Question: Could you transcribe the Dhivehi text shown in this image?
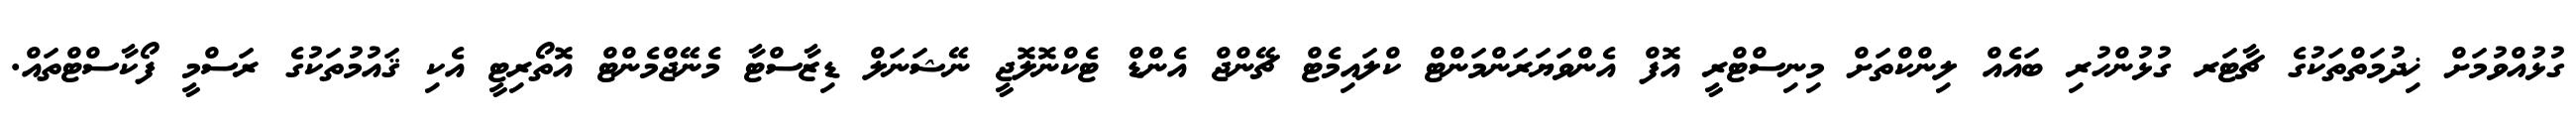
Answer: ގުޅުއްވުމަށް ޚިދުމަތްތަކުގެ ޗާޓަރ ގުޅުންހުރި ބައެއް ލިންކްތަށް މިނިސްޓްރީ އޮފް އެންވަޔަރަންމަންޓް ކްލައިމެޓް ޗޭންޖް އެންޑް ޓެކްނޮލޮޖީ ނޭޝަނަލް ޑިޒާސްޓާ މެނޭޖްމެންޓް އޮތޯރިޓީ އެކި ޤައުމުތަކުގެ ރަސްމީ ފޯކާސްޓްތައް.